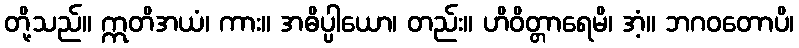
တို့သည်။ ဣတိအယံ၊ ကား။ အဓိပ္ပါယော၊ တည်း။ ဟိဝိတ္တာရေမိ၊ အံ့။ ဘဂဝတောပိ၊